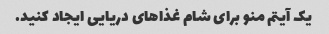
یک آیتم منو برای شام غذاهای دریایی ایجاد کنید.